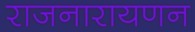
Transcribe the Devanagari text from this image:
राजनारायणन